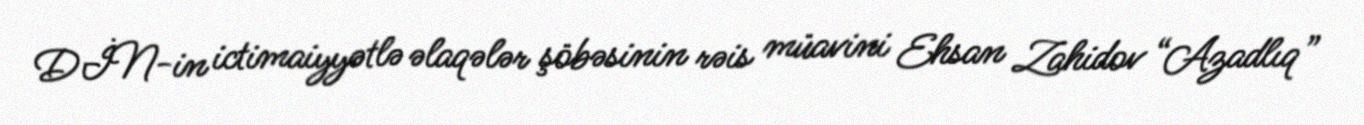
DİN-in ictimaiyyətlə əlaqələr şöbəsinin rəis müavini Ehsan Zahidov “Azadlıq”